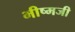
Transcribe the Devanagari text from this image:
भीष्मजी